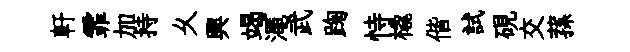
軒霏加持乆興竭澠武踘恃橇偕試硯交蓀